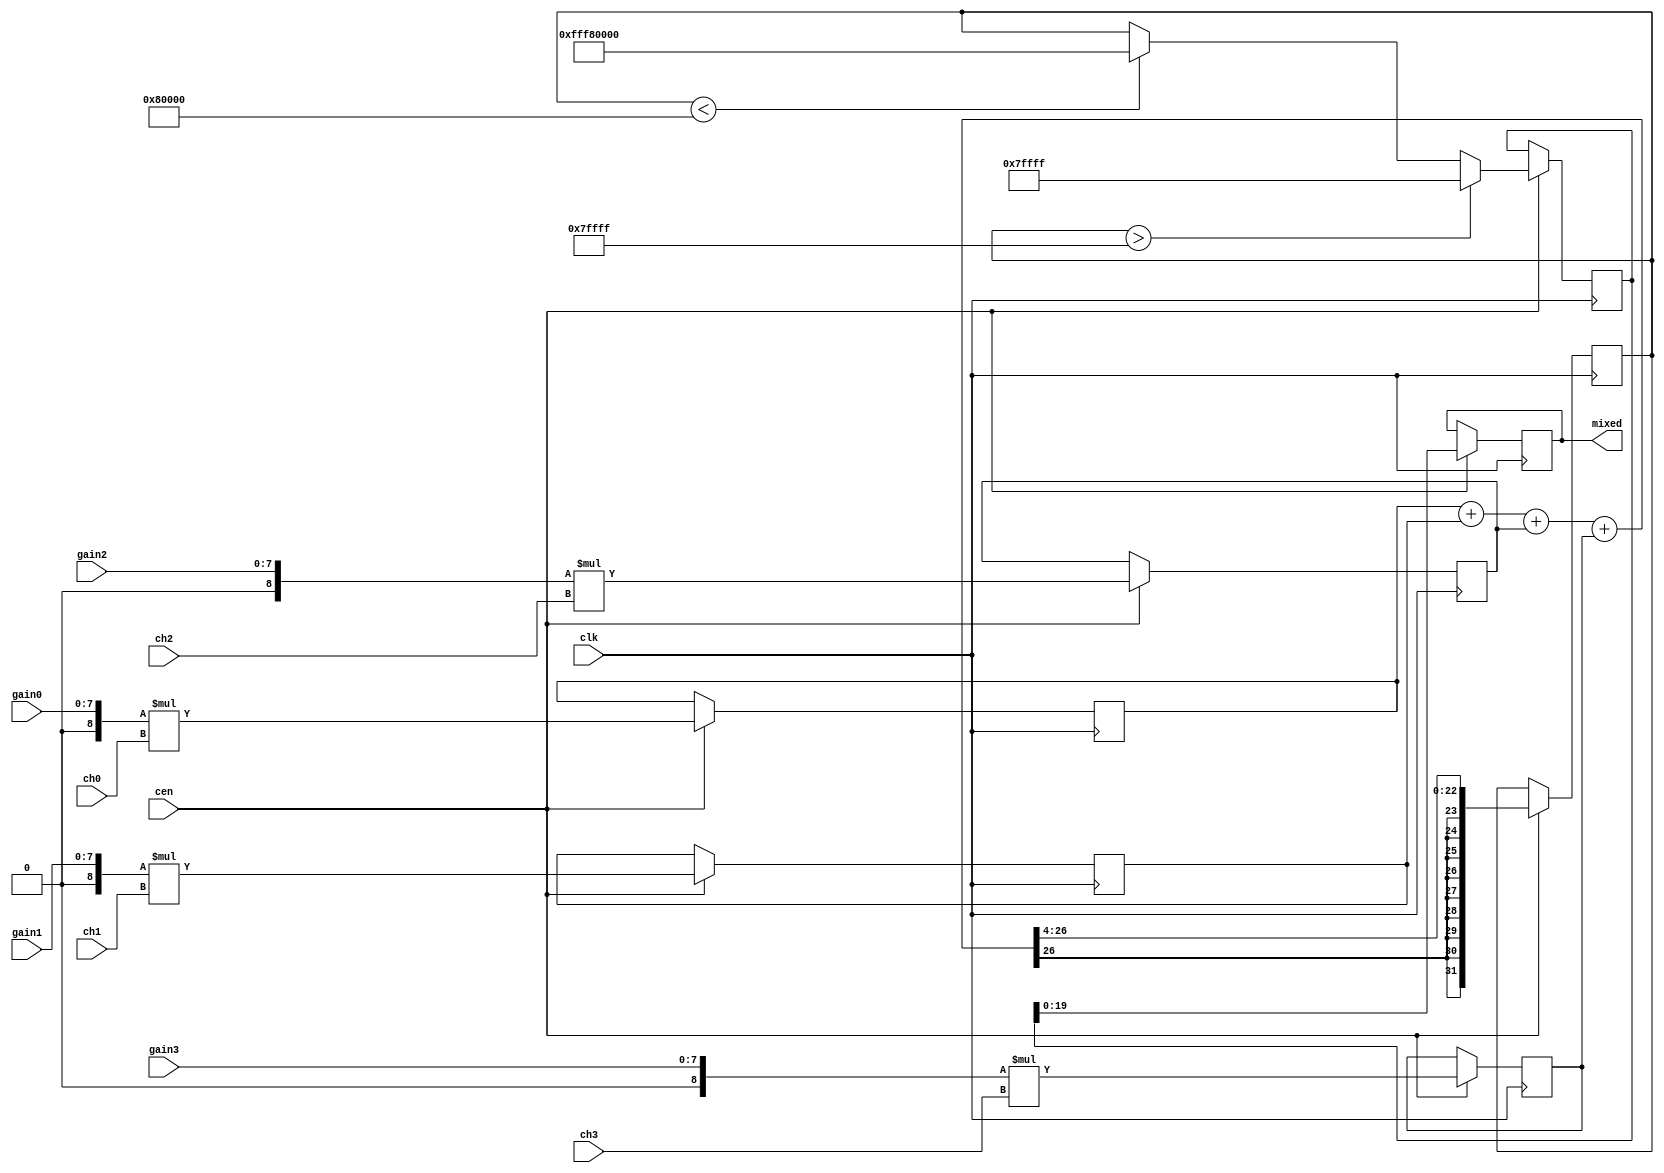
/*
  
   Multicore 2 / Multicore 2+
  
   Copyright (c) 2017-2020 - Victor Trucco

  
   All rights reserved
  
   Redistribution and use in source and synthezised forms, with or without
   modification, are permitted provided that the following conditions are met:
  
   Redistributions of source code must retain the above copyright notice,
   this list of conditions and the following disclaimer.
  
   Redistributions in synthesized form must reproduce the above copyright
   notice, this list of conditions and the following disclaimer in the
   documentation and/or other materials provided with the distribution.
  
   Neither the name of the author nor the names of other contributors may
   be used to endorse or promote products derived from this software without
   specific prior written permission.
  
   THIS CODE IS PROVIDED BY THE COPYRIGHT HOLDERS AND CONTRIBUTORS "AS IS"
   AND ANY EXPRESS OR IMPLIED WARRANTIES, INCLUDING, BUT NOT LIMITED TO,
   THE IMPLIED WARRANTIES OF MERCHANTABILITY AND FITNESS FOR A PARTICULAR
   PURPOSE ARE DISCLAIMED. IN NO EVENT SHALL THE AUTHOR OR CONTRIBUTORS BE
   LIABLE FOR ANY DIRECT, INDIRECT, INCIDENTAL, SPECIAL, EXEMPLARY, OR
   CONSEQUENTIAL DAMAGES (INCLUDING, BUT NOT LIMITED TO, PROCUREMENT OF
   SUBSTITUTE GOODS OR SERVICES; LOSS OF USE, DATA, OR PROFITS; OR BUSINESS
   INTERRUPTION) HOWEVER CAUSED AND ON ANY THEORY OF LIABILITY, WHETHER IN
   CONTRACT, STRICT LIABILITY, OR TORT (INCLUDING NEGLIGENCE OR OTHERWISE)
   ARISING IN ANY WAY OUT OF THE USE OF THIS SOFTWARE, EVEN IF ADVISED OF THE
   POSSIBILITY OF SUCH DAMAGE.
  
   You are responsible for any legal issues arising from your use of this code.
  
*//* This file is part of JTFRAME.

 
    JTFRAME program is free software: you can redistribute it and/or modify
    it under the terms of the GNU General Public License as published by
    the Free Software Foundation, either version 3 of the License, or
    (at your option) any later version.

    JTFRAME program is distributed in the hope that it will be useful,
    but WITHOUT ANY WARRANTY; without even the implied warranty of
    MERCHANTABILITY or FITNESS FOR A PARTICULAR PURPOSE.  See the
    GNU General Public License for more details.

    You should have received a copy of the GNU General Public License
    along with JTFRAME.  If not, see <http://www.gnu.org/licenses/>.

    Author: Jose Tejada Gomez. Twitter: @topapate
    Version: 1.0
    Date: 20-12-2019
    
*/

// Generic mixer: same as jt12_mixer in JT12 repository
// wout should be larger or equal than any input (w0,w1,w2,w3)

module jtframe_mixer #(parameter w0=16,w1=16,w2=16,w3=16,wout=20)(
    input                    clk,
    input                    cen,
    // input signals
    input  signed [w0-1:0]   ch0,
    input  signed [w1-1:0]   ch1,
    input  signed [w2-1:0]   ch2,
    input  signed [w3-1:0]   ch3,
    // gain for each channel in 4.4 fixed point format
    input  [7:0]             gain0,
    input  [7:0]             gain1,
    input  [7:0]             gain2,
    input  [7:0]             gain3,
    output reg signed [wout-1:0] mixed
);

`ifdef SIMULATION
initial begin
    if( wout<w0 || wout<w1 || wout<w2 || wout<w3 ) begin
        $display("ERROR: %m parameter wout must be larger than any other w parameter");
        $finish;
    end
end
`endif

reg signed [w0+7:0] ch0_amp;
reg signed [w1+7:0] ch1_amp;
reg signed [w2+7:0] ch2_amp;
reg signed [w3+7:0] ch3_amp;

// rescale to wout+4+8
wire signed [wout+11:0] scaled0 = { {wout+4-w0{ch0_amp[w0+7]}}, ch0_amp   };
wire signed [wout+11:0] scaled1 = { {wout+4-w1{ch1_amp[w1+7]}}, ch1_amp   };
wire signed [wout+11:0] scaled2 = { {wout+4-w2{ch2_amp[w2+7]}}, ch2_amp   };
wire signed [wout+11:0] scaled3 = { {wout+4-w3{ch3_amp[w3+7]}}, ch3_amp   };

reg signed [wout+11:0] sum, limited;

wire signed [wout+11:0] max_pos = { {13{1'b0}}, {(wout-1){1'b1}}};

wire signed [8:0]
    g0 = {1'b0, gain0},
    g1 = {1'b0, gain1},
    g2 = {1'b0, gain2},
    g3 = {1'b0, gain3};

// Apply gain
always @(posedge clk) if(cen) begin
    ch0_amp <= g0 * ch0;
    ch1_amp <= g1 * ch1;
    ch2_amp <= g2 * ch2;
    ch3_amp <= g3 * ch3;

    // divides by 16 to take off the decimal part and leave only
    // the integer part
    sum     <= (scaled0 + scaled1 + scaled2 + scaled3)>>>4;
    limited <= sum>max_pos ? max_pos : (sum<~max_pos ? ~max_pos : sum);
    mixed   <= limited[wout-1:0];
end

endmodule // jtframe_mixer

module jtframe_limamp #(parameter win=16,wout=20)(
    input                    clk,
    input                    cen,
    // input signals
    input signed [win-1:0]   sndin,
    // gain for each channel in 4.4 fixed point format
    input  [7:0]             gain,
    output signed [wout-1:0] sndout
);

jtframe_mixer #(.w0(win),.wout(wout)) u_amp(
    .clk    ( clk       ),
    .cen    ( cen       ),
    .ch0    ( sndin     ),
    .ch1    ( 16'd0     ),
    .ch2    ( 16'd0     ),
    .ch3    ( 16'd0     ),
    .gain0  ( gain      ),
    .gain1  ( 8'h0      ),
    .gain2  ( 8'h0      ),
    .gain3  ( 8'h0      ),
    .mixed  ( sndout    )
);

endmodule